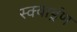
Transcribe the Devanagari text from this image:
स्क्वार्ड्रण